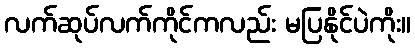
လက်ဆုပ်လက်ကိုင်ကလည်း မပြနိုင်ပဲကိုး။